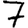
Digit: 7